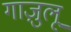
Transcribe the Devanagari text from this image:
गाज़ुलू